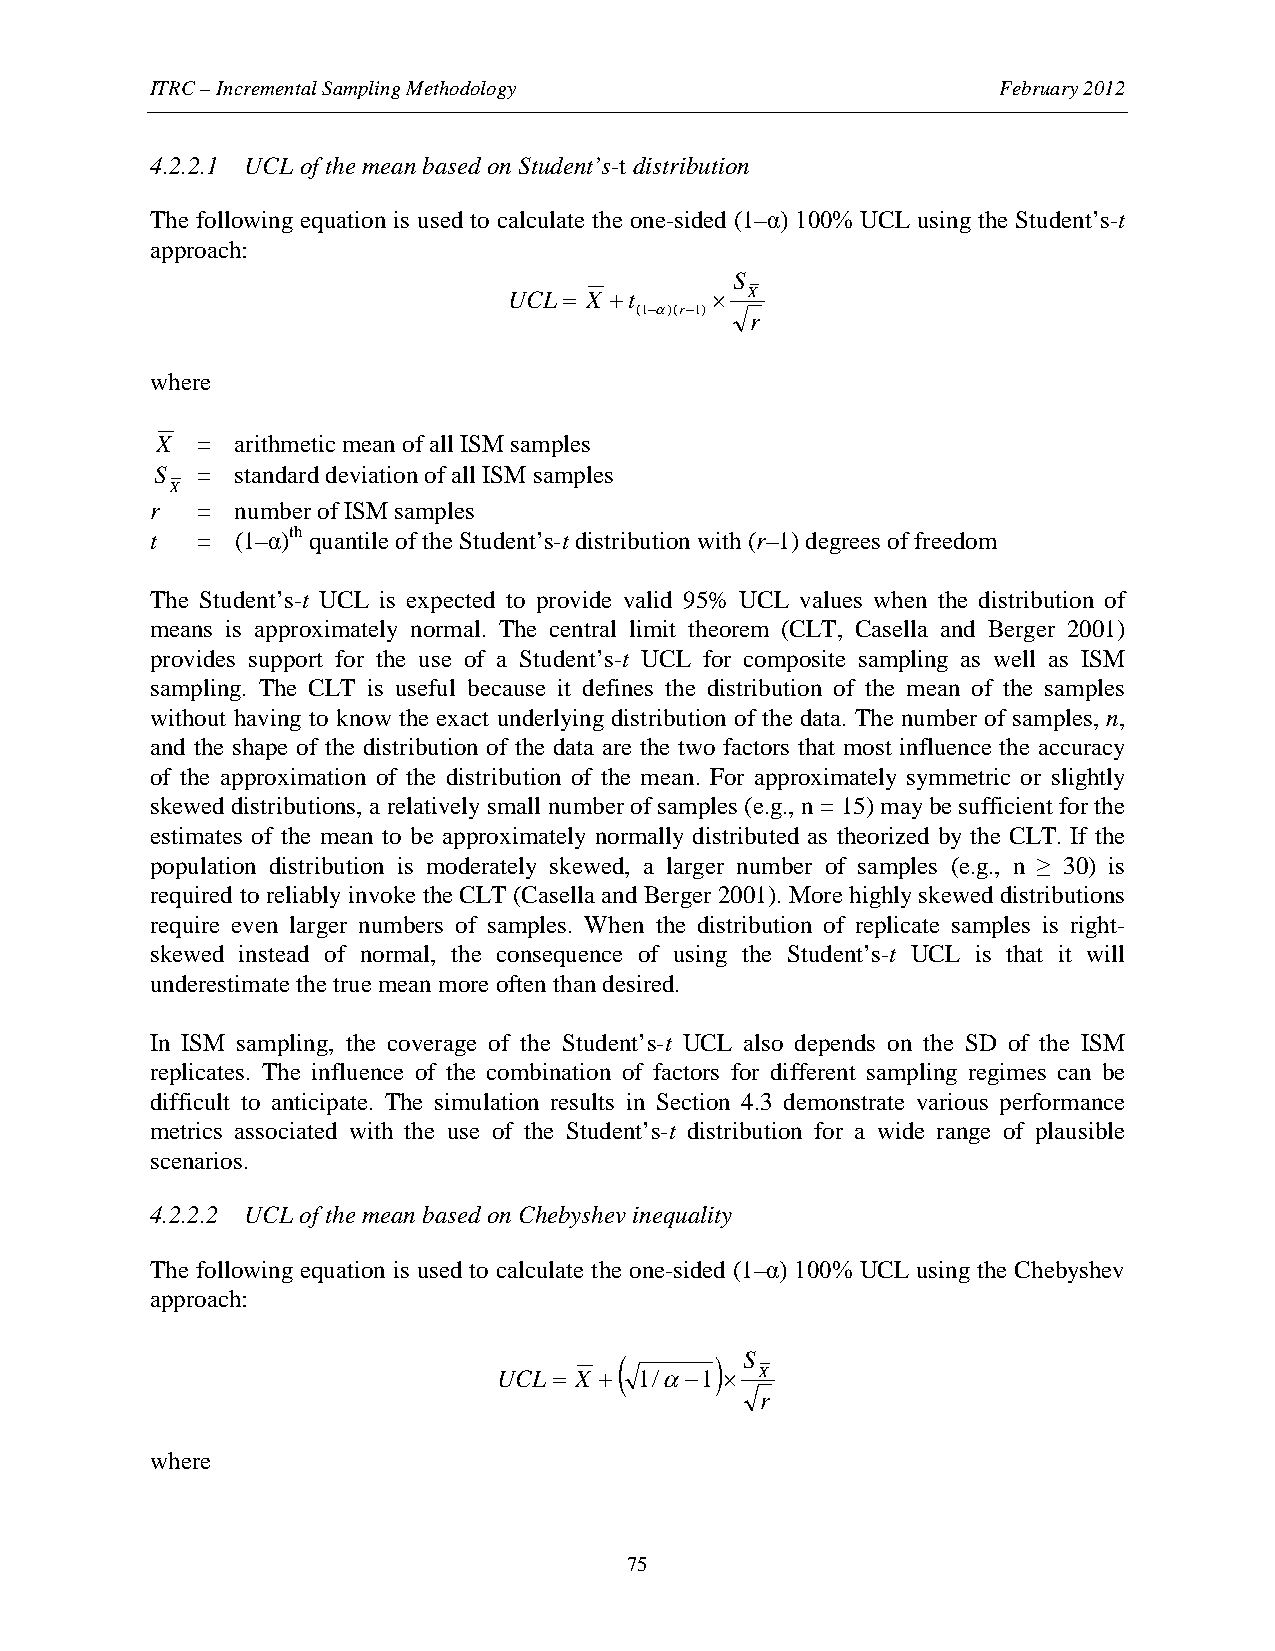
ITRC – Incremental Sampling Methodology                 February 2012
 4.2.2.1 UCL of the mean based on Student’s-t distribution
 The following equation is used to calculate the one-sided (1–α) 100% UCL using the Student’s-t
 approach:
 S
 UCL = X +t   ×  X
 (1−α)(r−1)
 r
 where
 X  =  arithmetic mean of all ISM samples
 S  =  standard deviation of all ISM samples
 X
 r  =  number of ISM samples
 t  =  (1–α)th quantile of the Student’s-t distribution with (r–1) degrees of freedom
 The Student’s-t UCL is expected to provide valid 95% UCL values when the distribution of
 means is approximately normal. The central limit theorem (CLT, Casella and Berger 2001)
 provides support for the use of a Student’s-t UCL for composite sampling as well as ISM
 sampling. The CLT is useful because it defines the distribution of the mean of the samples
 without having to know the exact underlying distribution of the data. The number of samples, n,
 and the shape of the distribution of the data are the two factors that most influence the accuracy
 of the approximation of the distribution of the mean. For approximately symmetric or slightly
 skewed distributions, a relatively small number of samples (e.g., n = 15) may be sufficient for the
 estimates of the mean to be approximately normally distributed as theorized by the CLT. If the
 population distribution is moderately skewed, a larger number of samples (e.g., n ≥ 30) is
 required to reliably invoke the CLT (Casella and Berger 2001). More highly skewed distributions
 require even larger numbers of samples. When the distribution of replicate samples is right-
 skewed instead of normal, the consequence of using the Student’s-t UCL is that it will
 underestimate the true mean more often than desired.
 In ISM sampling, the coverage of the Student’s-t UCL also depends on the SD of the ISM
 replicates. The influence of the combination of factors for different sampling regimes can be
 difficult to anticipate. The simulation results in Section 4.3 demonstrate various performance
 metrics associated with the use of the Student’s-t distribution for a wide range of plausible
 scenarios.
 4.2.2.2 UCL of the mean based on Chebyshev inequality
 The following equation is used to calculate the one-sided (1–α) 100% UCL using the Chebyshev
 approach:
 (     ) S
 UCL = X + 1/α−1 × X
 r
 where
 75